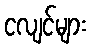
ငလျင်များ